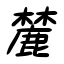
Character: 麓